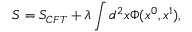
S = S _ { C F T } + \lambda \int d ^ { 2 } x \Phi ( x ^ { 0 } , x ^ { 1 } ) ,